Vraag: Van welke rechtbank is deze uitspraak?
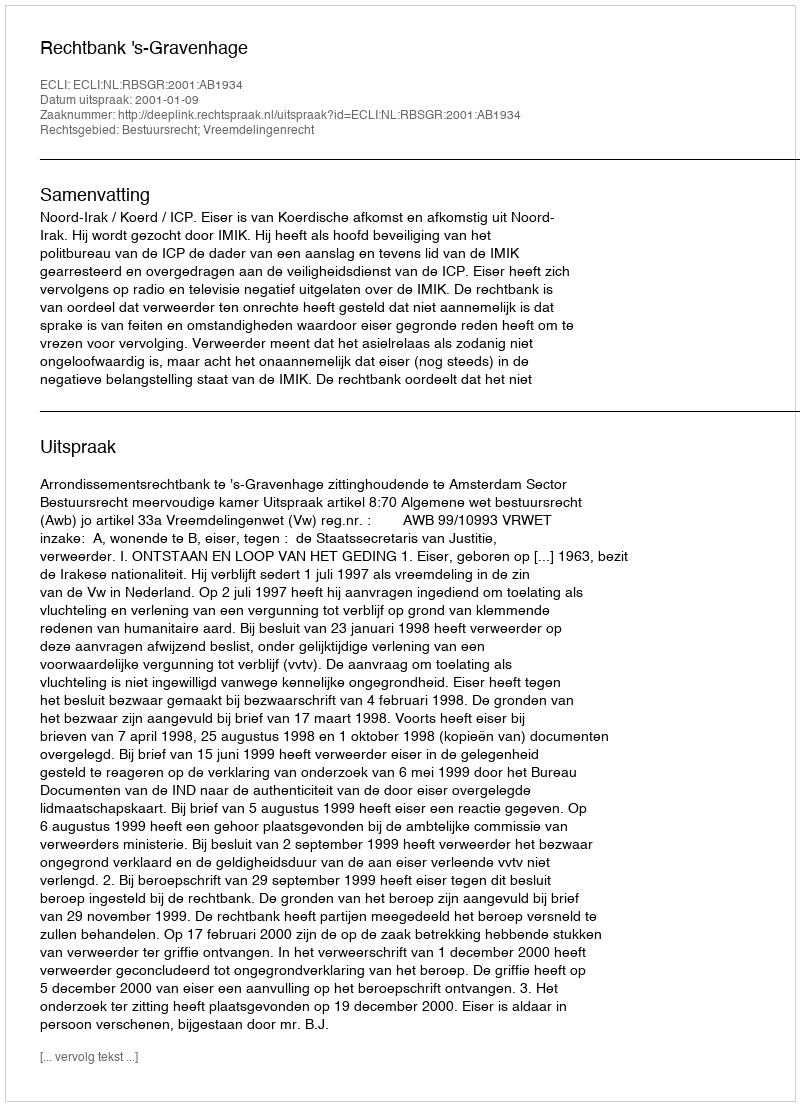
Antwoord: Rechtbank 's-Gravenhage